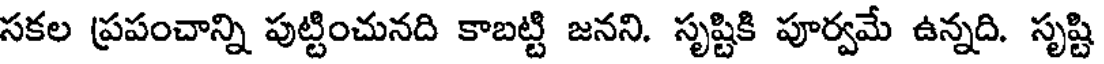
సకల ప్రపంచాన్ని పుట్టించునది కాబట్టి జనని. సృష్టికి పూర్వమే ఉన్నది. సృష్టి